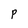
Character: p